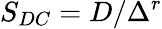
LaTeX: S_{DC}=D/\Delta^{r}